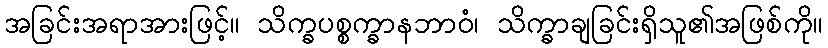
အခြင်းအရာအားဖြင့်။ သိက္ခပစ္စက္ခာနဘာဝံ၊ သိက္ခာချခြင်းရှိသူ၏အဖြစ်ကို။